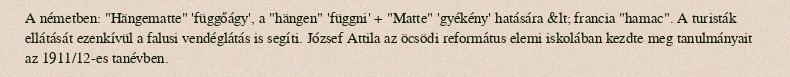
A németben: "Hängematte" 'függőágy', a "hängen" 'függni' + "Matte" 'gyékény' hatására &lt; francia "hamac". A turisták ellátását ezenkívül a falusi vendéglátás is segíti. József Attila az öcsödi református elemi iskolában kezdte meg tanulmányait az 1911/12-es tanévben.